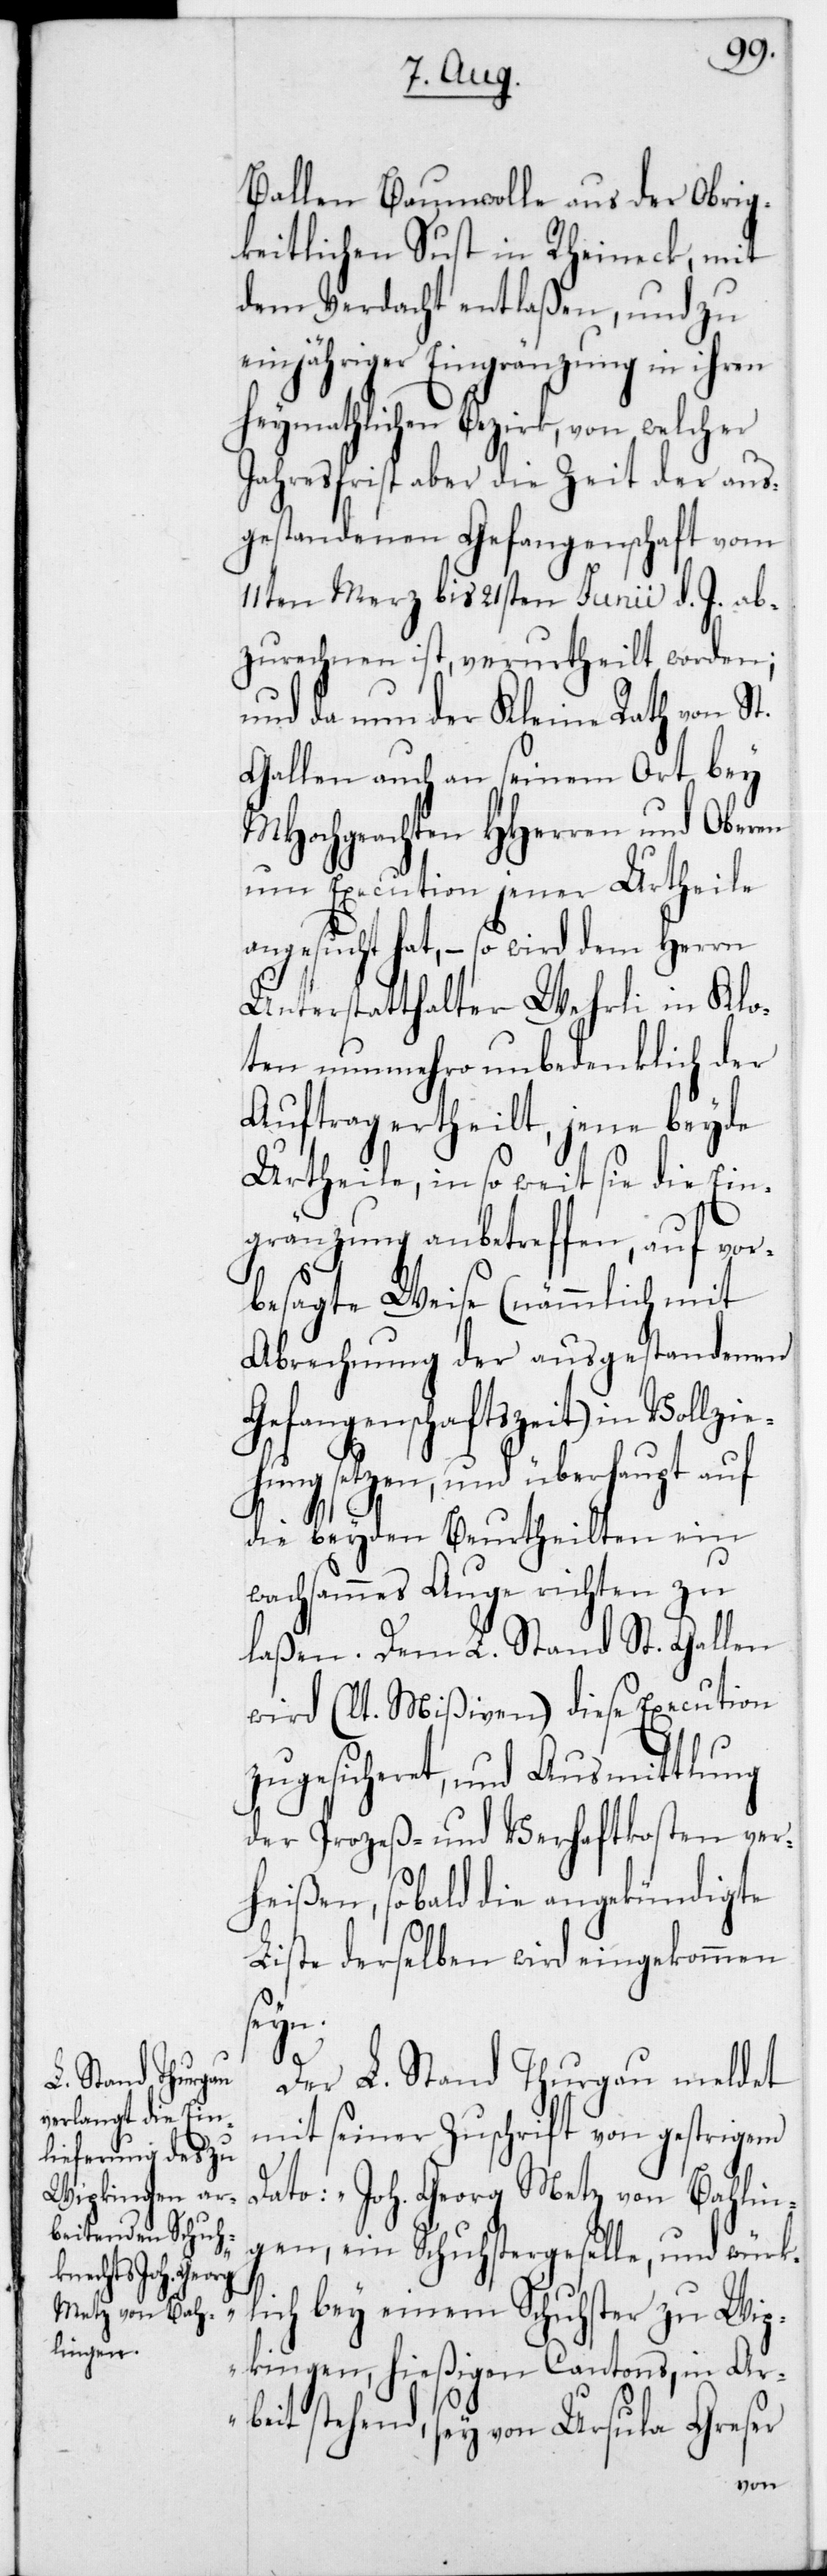
Ballen Baumwolle aus der Obrig¬
keitlichen Sust in Rheineck, mit
dem Verdacht entlaßen, und zu
einjähriger Eingrenzung in ihren
Heymathlichen Bezirk, von welcher
Jahresfrist aber die Zeit der aus¬
gestandenen Gefangenschaft vom
11ten Merz bis 21sten Junii d. J. ab¬
zurechen ist, verurtheilt worden;
und da nun der Kleine Rath von St.
Gallen auch an seinem Ort bey
MHochgeachten HHerren und Oberen
um Execution jener Urtheile
angesucht hat, – so wird dem Herrn
Unterstatthalter Wehrli in Klo¬
ten nunmehro unbedenklich der
Auftrag ertheilt, jene beyde
Urtheile, in so weit sie die Ein¬
gränzung anbetreffen, auf vor¬
besagte Weise (nämmlich mit
Abrechnung der ausgestandenen
Gefangenschaftszeit) in Vollzi¬
ehung setzen, und überhaupt auf
die beyden Beurtheilten ein
wachsames Auge richten zu
laßen. Dem L. Stand St. Gallen
wird (lt. Mißiven) diese Execution
zugesicheret, und Ausmittlung
der Prozeß- und Verhaftkosten ver¬
heißen, so bald die angekündigte
Liste derselben wird eingekommen
seyn.
Der L. Stand Thurgau meldet
mit seiner Zuschrift von gestrigem
Dato: „Joh. Georg Metz von Bahlin¬
gen, ein Schustergeselle und würk¬
lich bey einem Schuster zu Wip¬
kingen, hießigen Cantons, in Ar¬
beit stehend, sey von Ursula Greser